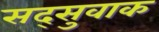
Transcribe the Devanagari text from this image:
सद्सुवाक